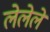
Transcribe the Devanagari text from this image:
लेलेले